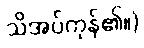
သိအပ်ကုန်၏။)